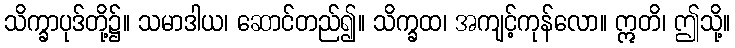
သိက္ခာပုဒ်တို့၌။ သမာဒါယ၊ ဆောင်တည်၍။ သိက္ခထ၊ အကျင့်ကုန်လော။ ဣတိ၊ ဤသို့။